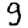
Digit: 9